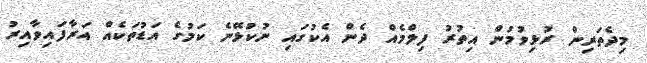
މިދެތަރިން ރުޅިވުމުން އިތުރު ފިލްމެއް ދެން އެކުގައި ނުކުޅޭނެ ކަމުގެ އަޑުތަކެއް އަރާފައިވާއިރު